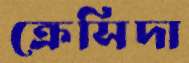
ক্রেসিদা